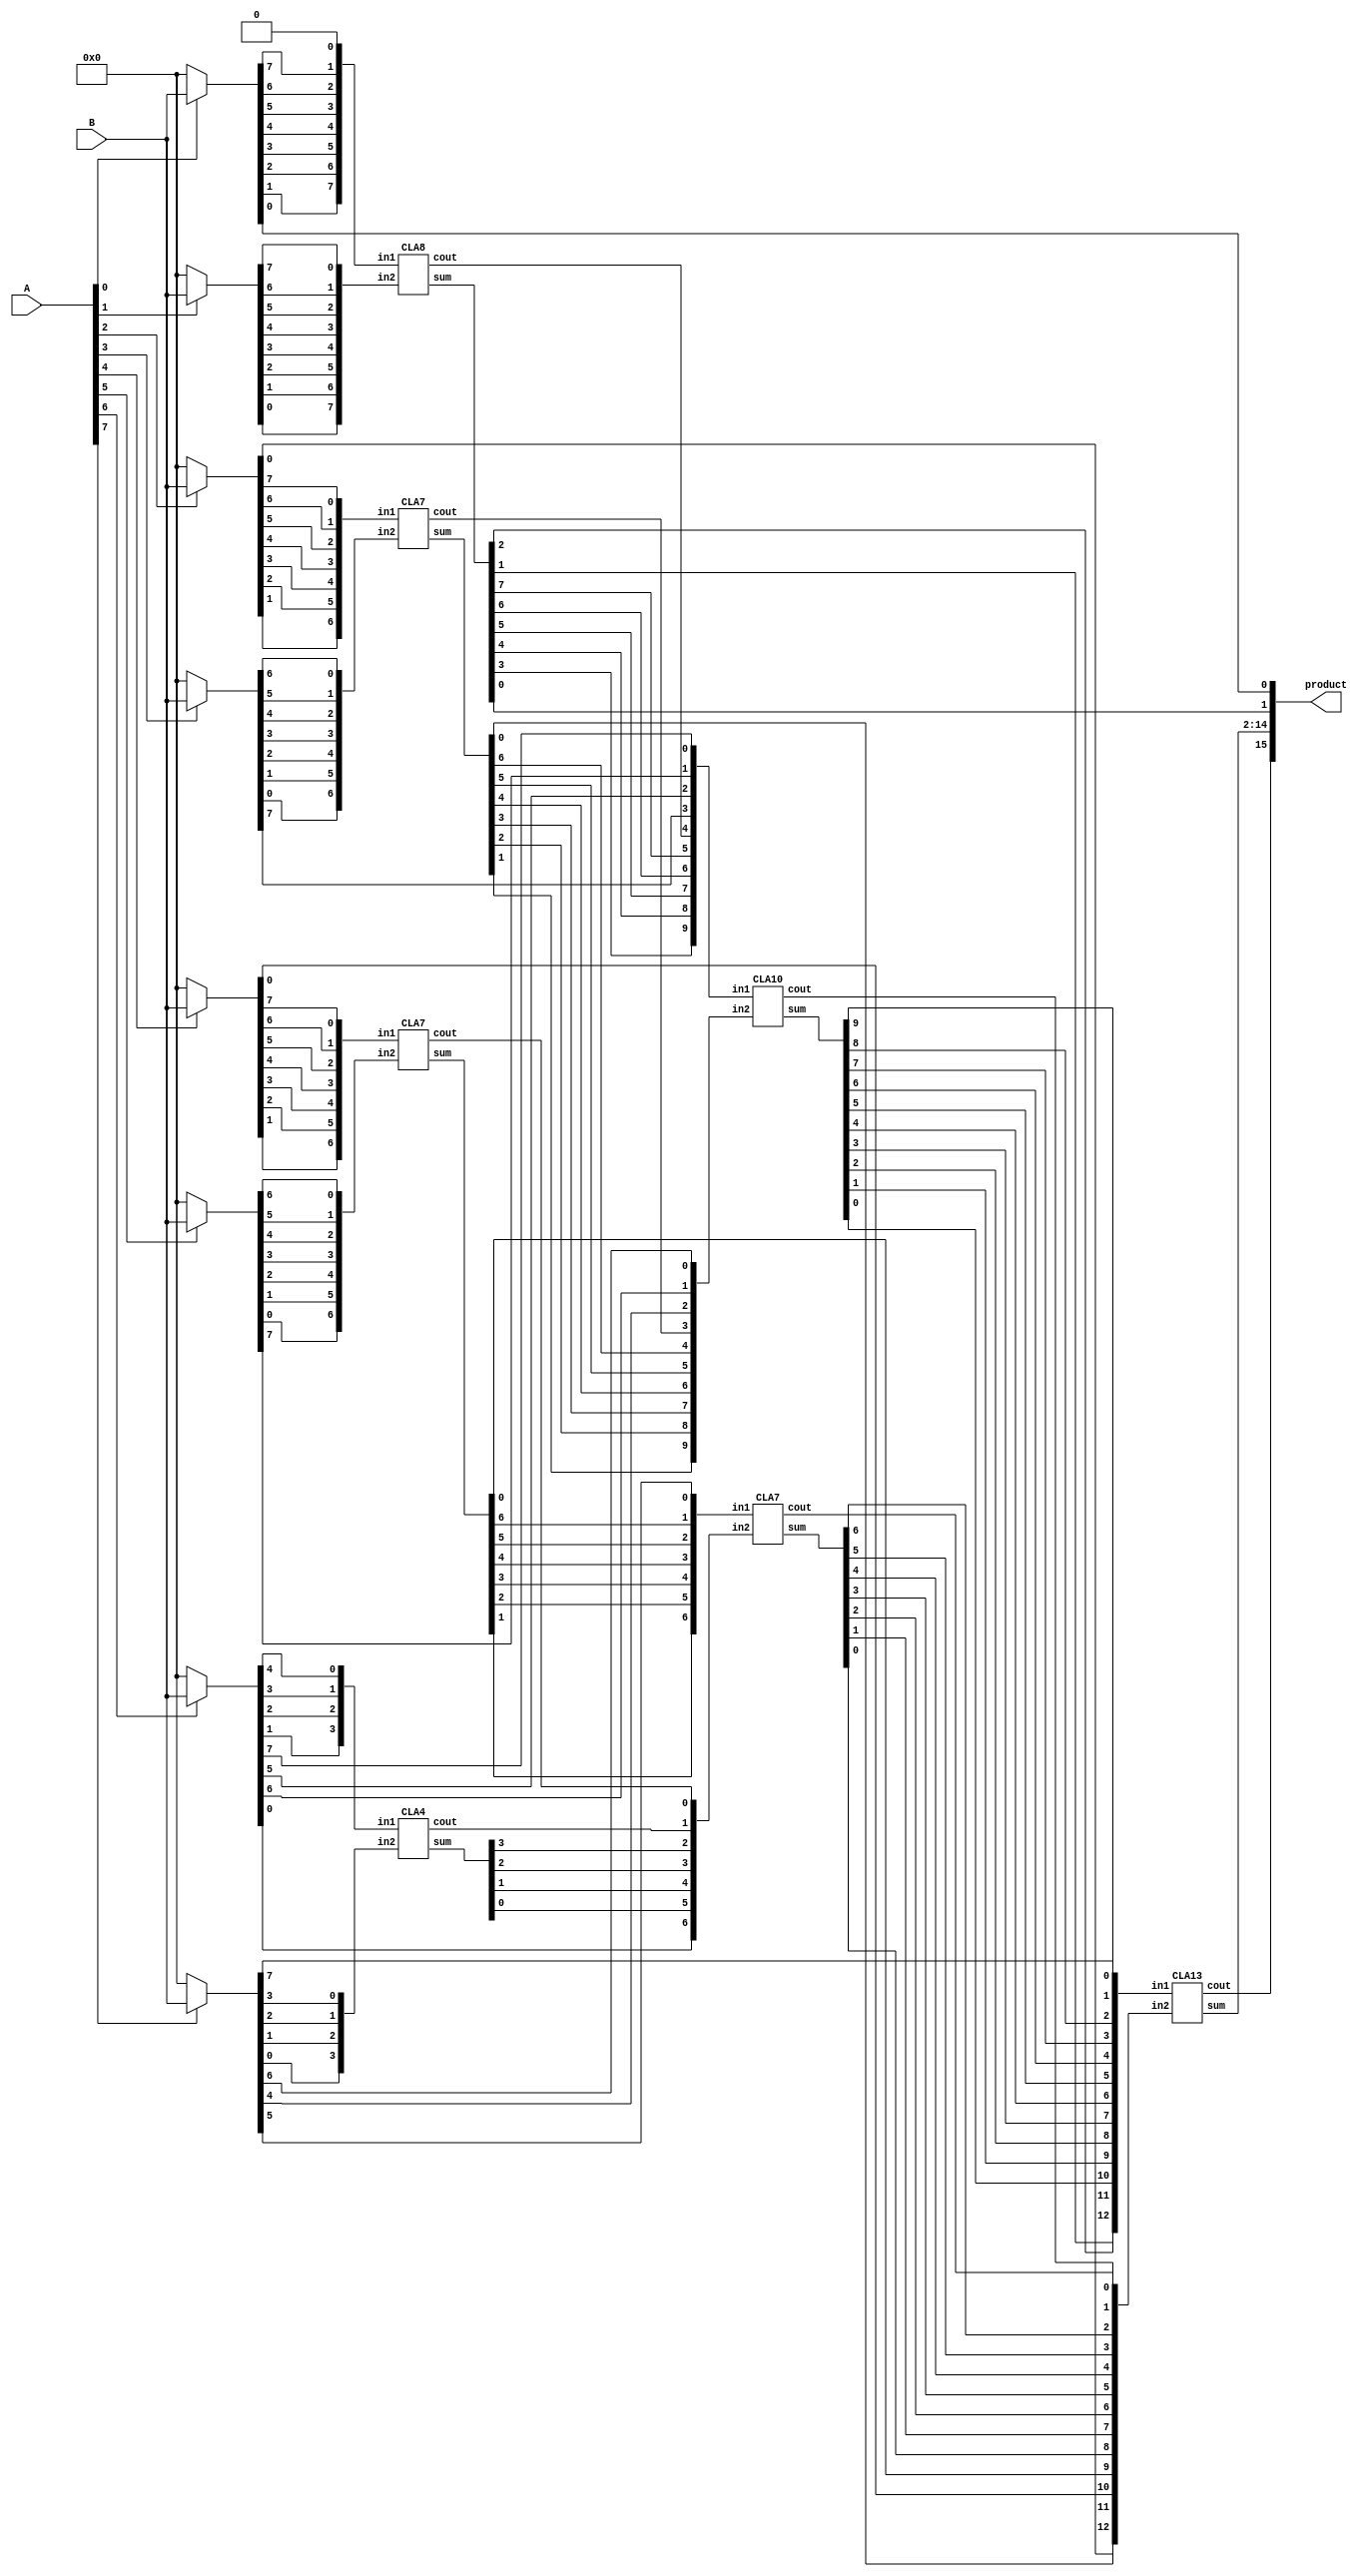
module multiplier_8bits_version4(product, A, B);

    /* This implementation is similar to 8bit russian peasant multiplication
     * that uses long CLA for partial product reduction and for the 
     * final stage.
     * Area: 1040.907368
     * Power: 0.4991mW
     * Timing: 1.34
     */

    input [7:0] A, B;
    output [15:0] product;

    wire [7:0] pp0, pp1, pp2, pp3, pp4, pp5, pp6, pp7;

    assign pp0 = A[0] ? B : 8'b00000000;
    assign pp1 = A[1] ? B : 8'b00000000;
    assign pp2 = A[2] ? B : 8'b00000000;
    assign pp3 = A[3] ? B : 8'b00000000;
    assign pp4 = A[4] ? B : 8'b00000000;
    assign pp5 = A[5] ? B : 8'b00000000;
    assign pp6 = A[6] ? B : 8'b00000000;
    assign pp7 = A[7] ? B : 8'b00000000;

    assign product[0] = pp0[0];

    /* 1st CLA*/
    wire [7:0] s1, in1_1, in1_2;
    wire c1;
    assign in1_1 = {pp0[1],pp0[2],pp0[3],pp0[4],pp0[5],pp0[6],pp0[7],1'b0};
    assign in1_2 = {pp1[0],pp1[1],pp1[2],pp1[3],pp1[4],pp1[5],pp1[6], pp1[7]};
    CLA8 CLA01(s1, c1, in1_1, in1_2);

    assign product[1] = s1[0];

    /* 2nd CLA */
    wire [6:0] s2, in2_1, in2_2;
    wire c2;
    assign in2_1 = {pp2[1],pp2[2],pp2[3],pp2[4],pp2[5],pp2[6],pp2[7]};
    assign in2_2 = {pp3[0],pp3[1],pp3[2],pp3[3],pp3[4],pp3[5],pp3[6]};
    CLA7 CLA02(s2, c2, in2_1, in2_2);

    /* 3rd CLA */
    wire [6:0] s3, in3_1, in3_2;
    wire c3;
    assign in3_1 = {pp4[1],pp4[2],pp4[3],pp4[4],pp4[5],pp4[6],pp4[7]};
    assign in3_2 = {pp5[0],pp5[1],pp5[2],pp5[3],pp5[4],pp5[5],pp5[6]};
    CLA7 CLA03(s3, c3, in3_1, in3_2);    

    /* 4th CLA */
    wire [3:0] s4, in4_1, in4_2;
    wire c4;
    assign in4_1 = {pp6[1],pp6[2],pp6[3],pp6[4]};
    assign in4_2 = {pp7[0],pp7[1],pp7[2],pp7[3]};
    CLA4 CLA04(s4, c4, in4_1, in4_2);

    /* 5th CLA */
    wire [9:0] s5, in5_1, in5_2;
    wire c5;
    assign in5_1 = {s1[3],s1[4],s1[5],s1[6],s1[7],c1,pp3[7],pp6[5],pp5[7],pp6[7]};
    assign in5_2 = {s2[1],s2[2],s2[3],s2[4],s2[5],s2[6],c2,pp7[4],pp6[6],pp7[6]};
    CLA10 CLA05(s5, c5, in5_1, in5_2);

    /* 6th CLA */
    wire [6:0] s6, in6_1, in6_2;
    wire c6;
    assign in6_1 = {s3[1],s3[2],s3[3],s3[4],s3[5],s3[6],pp7[5]};
    assign in6_2 = {pp6[0],s4[0],s4[1],s4[2],s4[3],c4,c3};
    CLA7 CLA06(s6, c6, in6_1, in6_2);

    /* Final CLA */
    wire [12:0] s, in_1, in_2;
    wire c;
    assign in_1 = {s1[1],s1[2],s5[0],s5[1],s5[2],s5[3],s5[4],s5[5],s5[6],s5[7],s5[8],s5[9],pp7[7]};
    assign in_2 = {pp2[0],s2[0],pp4[0],s3[0],s6[0],s6[1],s6[2],s6[3],s6[4],s6[5],s6[6],c6,c5};
    CLA13 CLA(s, c, in_1, in_2);
    
    assign product[2]  = s[0];
    assign product[3]  = s[1];
    assign product[4]  = s[2];
    assign product[5]  = s[3];
    assign product[6]  = s[4];
    assign product[7]  = s[5];
    assign product[8]  = s[6];
    assign product[9]  = s[7];
    assign product[10] = s[8];
    assign product[11] = s[9];
    assign product[12] = s[10];
    assign product[13] = s[11];
    assign product[14] = s[12];
    assign product[15] = c;
endmodule

module CLA7_c(output [6:0] sum,
            output cout,
            input [6:0] in1, in2,
            input cin);
  wire [6:0] G; /* Generate */
  wire [6:0] P; /* Propagate */
  wire [6:0] C; /* Carry */

  assign G[0] = in1[6] & in2[6]; /*Generate    Gi = Ai * Bi */
  assign G[1] = in1[5] & in2[5];
  assign G[2] = in1[4] & in2[4];
  assign G[3] = in1[3] & in2[3];
  assign G[4] = in1[2] & in2[2];
  assign G[5] = in1[1] & in2[1];
  assign G[6] = in1[0] & in2[0];

  assign P[0] = in1[6] ^ in2[6]; /*Propagate   Pi = Ai + Bi */
  assign P[1] = in1[5] ^ in2[5];
  assign P[2] = in1[4] ^ in2[4];
  assign P[3] = in1[3] ^ in2[3];
  assign P[4] = in1[2] ^ in2[2];
  assign P[5] = in1[1] ^ in2[1];
  assign P[6] = in1[0] ^ in2[0];

  assign C[0] = cin;  /* Carry_out = Ci+1 = Gi + Pi*Ci */
  assign C[1] = G[0] | (P[0] & C[0]);
  assign C[2] = G[1] | (P[1] & C[1]);
  assign C[3] = G[2] | (P[2] & C[2]);
  assign C[4] = G[3] | (P[3] & C[3]);
  assign C[5] = G[4] | (P[4] & C[4]);
  assign C[6] = G[5] | (P[5] & C[5]);
  assign cout = G[6] | (P[6] & C[6]);
  assign sum = P ^ C;
endmodule

module CLA7(output [6:0] sum,
            output cout,
            input [6:0] in1, in2);
  wire [6:0] G; /* Generate */
  wire [6:0] P; /* Propagate */
  wire [6:0] C; /* Carry */

  assign G[0] = in1[6] & in2[6]; /*Generate    Gi = Ai * Bi */
  assign G[1] = in1[5] & in2[5];
  assign G[2] = in1[4] & in2[4];
  assign G[3] = in1[3] & in2[3];
  assign G[4] = in1[2] & in2[2];
  assign G[5] = in1[1] & in2[1];
  assign G[6] = in1[0] & in2[0];

  assign P[0] = in1[6] ^ in2[6]; /*Propagate   Pi = Ai + Bi */
  assign P[1] = in1[5] ^ in2[5];
  assign P[2] = in1[4] ^ in2[4];
  assign P[3] = in1[3] ^ in2[3];
  assign P[4] = in1[2] ^ in2[2];
  assign P[5] = in1[1] ^ in2[1];
  assign P[6] = in1[0] ^ in2[0];

  assign C[0] = 0;  /* Carry_out = Ci+1 = Gi + Pi*Ci */
  assign C[1] = G[0] | (P[0] & C[0]);
  assign C[2] = G[1] | (P[1] & C[1]);
  assign C[3] = G[2] | (P[2] & C[2]);
  assign C[4] = G[3] | (P[3] & C[3]);
  assign C[5] = G[4] | (P[4] & C[4]);
  assign C[6] = G[5] | (P[5] & C[5]);
  assign cout = G[6] | (P[6] & C[6]);
  assign sum = P ^ C;
endmodule

module CLA8(output [7:0] sum,
            output cout,
            input [7:0] in1, in2);
  wire [7:0] G; /* Generate */
  wire [7:0] P; /* Propagate */
  wire [7:0] C; /* Carry */

  assign G[0] = in1[7] & in2[7];
  assign G[1] = in1[6] & in2[6]; /*Generate    Gi = Ai * Bi */
  assign G[2] = in1[5] & in2[5];
  assign G[3] = in1[4] & in2[4];
  assign G[4] = in1[3] & in2[3];
  assign G[5] = in1[2] & in2[2];
  assign G[6] = in1[1] & in2[1];
  assign G[7] = in1[0] & in2[0];
  
  assign P[0] = in1[7] ^ in2[7];
  assign P[1] = in1[6] ^ in2[6]; /*Propagate   Pi = Ai + Bi */
  assign P[2] = in1[5] ^ in2[5];
  assign P[3] = in1[4] ^ in2[4];
  assign P[4] = in1[3] ^ in2[3];
  assign P[5] = in1[2] ^ in2[2];
  assign P[6] = in1[1] ^ in2[1];
  assign P[7] = in1[0] ^ in2[0];

  assign C[0] = 0;  /* Carry_out = Ci+1 = Gi + Pi*Ci */
  assign C[1] = G[0] | (P[0] & C[0]);
  assign C[2] = G[1] | (P[1] & C[1]);
  assign C[3] = G[2] | (P[2] & C[2]);
  assign C[4] = G[3] | (P[3] & C[3]);
  assign C[5] = G[4] | (P[4] & C[4]);
  assign C[6] = G[5] | (P[5] & C[5]);
  assign C[7] = G[6] | (P[6] & C[6]);
  assign cout = G[7] | (P[7] & C[7]);
  assign sum = P ^ C;
endmodule

module CLA10(output [9:0] sum,
            output cout,
            input [9:0] in1, in2);
  wire [9:0] G; /* Generate */
  wire [9:0] P; /* Propagate */
  wire [9:0] C; /* Carry */

  assign G[0] = in1[9] & in2[9];
  assign G[1] = in1[8] & in2[8];
  assign G[2] = in1[7] & in2[7];
  assign G[3] = in1[6] & in2[6]; /*Generate    Gi = Ai * Bi */
  assign G[4] = in1[5] & in2[5];
  assign G[5] = in1[4] & in2[4];
  assign G[6] = in1[3] & in2[3];
  assign G[7] = in1[2] & in2[2];
  assign G[8] = in1[1] & in2[1];
  assign G[9] = in1[0] & in2[0];

  assign P[0] = in1[9] ^ in2[9];
  assign P[1] = in1[8] ^ in2[8];
  assign P[2] = in1[7] ^ in2[7];
  assign P[3] = in1[6] ^ in2[6]; /*Propagate   Pi = Ai + Bi */
  assign P[4] = in1[5] ^ in2[5];
  assign P[5] = in1[4] ^ in2[4];
  assign P[6] = in1[3] ^ in2[3];
  assign P[7] = in1[2] ^ in2[2];
  assign P[8] = in1[1] ^ in2[1];
  assign P[9] = in1[0] ^ in2[0];

  assign C[0] = 0;  /* Carry_out = Ci+1 = Gi + Pi*Ci */
  assign C[1] = G[0] | (P[0] & C[0]);
  assign C[2] = G[1] | (P[1] & C[1]);
  assign C[3] = G[2] | (P[2] & C[2]);
  assign C[4] = G[3] | (P[3] & C[3]);
  assign C[5] = G[4] | (P[4] & C[4]);
  assign C[6] = G[5] | (P[5] & C[5]);
  assign C[7] = G[6] | (P[6] & C[6]);
  assign C[8] = G[7] | (P[7] & C[7]);
  assign C[9] = G[8] | (P[8] & C[8]);
  assign cout = G[9] | (P[9] & C[9]);
  assign sum = P ^ C;
endmodule

module CLA4(output [3:0] sum,
            output cout,
            input [3:0] in1, in2);

    wire [3:0] G; /* Generate */
    wire [3:0] P; /* Propagate */
    wire [3:0] C; /* Carry */

    assign G[0] = in1[3] & in2[3]; /*Generate    Gi = Ai * Bi */
    assign G[1] = in1[2] & in2[2];
    assign G[2] = in1[1] & in2[1];
    assign G[3] = in1[0] & in2[0];
    assign P[0] = in1[3] ^ in2[3]; /*Propagate   Pi = Ai + Bi */
    assign P[1] = in1[2] ^ in2[2];
    assign P[2] = in1[1] ^ in2[1];
    assign P[3] = in1[0] ^ in2[0];

    assign C[0] = 0;
    assign C[1] = G[0] | (P[0] & C[0]);
    assign C[2] = G[1] | (P[1] & C[1]);
    assign C[3] = G[2] | (P[2] & C[2]);
    assign cout = G[3] | (P[3] & C[3]);
    assign sum = P ^ C;
endmodule

module CLA13(output [12:0] sum,
            output cout,
            input [12:0] in1, in2);

    wire [12:0] G;
    wire [12:0] P; // Propagate
    wire [12:0] C;

    assign G[0]  = in1[12] & in2[12];
    assign G[1]  = in1[11] & in2[11];
    assign G[2]  = in1[10] & in2[10];
    assign G[3]  = in1[9]  & in2[9];
    assign G[4]  = in1[8]  & in2[8];
    assign G[5]  = in1[7]  & in2[7];
    assign G[6]  = in1[6]  & in2[6];
    assign G[7]  = in1[5]  & in2[5];
    assign G[8]  = in1[4]  & in2[4];
    assign G[9]  = in1[3]  & in2[3];
    assign G[10] = in1[2]  & in2[2];
    assign G[11] = in1[1]  & in2[1];
    assign G[12] = in1[0]  & in2[0];

    assign P[0]  = in1[12] ^ in2[12];
    assign P[1]  = in1[11] ^ in2[11];
    assign P[2]  = in1[10] ^ in2[10];
    assign P[3]  = in1[9]  ^ in2[9];
    assign P[4]  = in1[8]  ^ in2[8];
    assign P[5]  = in1[7]  ^ in2[7];
    assign P[6]  = in1[6]  ^ in2[6];
    assign P[7]  = in1[5]  ^ in2[5];
    assign P[8]  = in1[4]  ^ in2[4];
    assign P[9]  = in1[3]  ^ in2[3];
    assign P[10] = in1[2]  ^ in2[2];
    assign P[11] = in1[1]  ^ in2[1];
    assign P[12] = in1[0]  ^ in2[0];

    assign C[0]  = 0;
    assign C[1]  = G[0];
    assign C[2]  = G[1]  | (P[1]  & C[1]);
    assign C[3]  = G[2]  | (P[2]  & C[2]);
    assign C[4]  = G[3]  | (P[3]  & C[3]);
    assign C[5]  = G[4]  | (P[4]  & C[4]);
    assign C[6]  = G[5]  | (P[5]  & C[5]);
    assign C[7]  = G[6]  | (P[6]  & C[6]);
    assign C[8]  = G[7]  | (P[7]  & C[7]);
    assign C[9]  = G[8]  | (P[8]  & C[8]);
    assign C[10] = G[9]  | (P[9]  & C[9]);
    assign C[11] = G[10] | (P[10] & C[10]);
    assign C[12] = G[11] | (P[11] & C[11]);
    assign cout  = G[12] | (P[12] & C[12]);
    assign sum = P ^ C;
endmodule

module half_adder(output wire sum,
                  output wire cout,
                  input wire in1,
                  input wire in2);
    xor(sum, in1, in2);
    and(cout, in1, in2);
endmodule

module full_adder(output wire sum,
                  output wire cout,
                  input wire in1,
                  input wire in2,
                  input wire cin);
    wire temp1;
    wire temp2;
    wire temp3;
    xor(sum, in1, in2, cin);
    and(temp1,in1,in2);
    and(temp2,in1,cin);
    and(temp3,in2,cin);
    or(cout,temp1,temp2,temp3);
endmodule